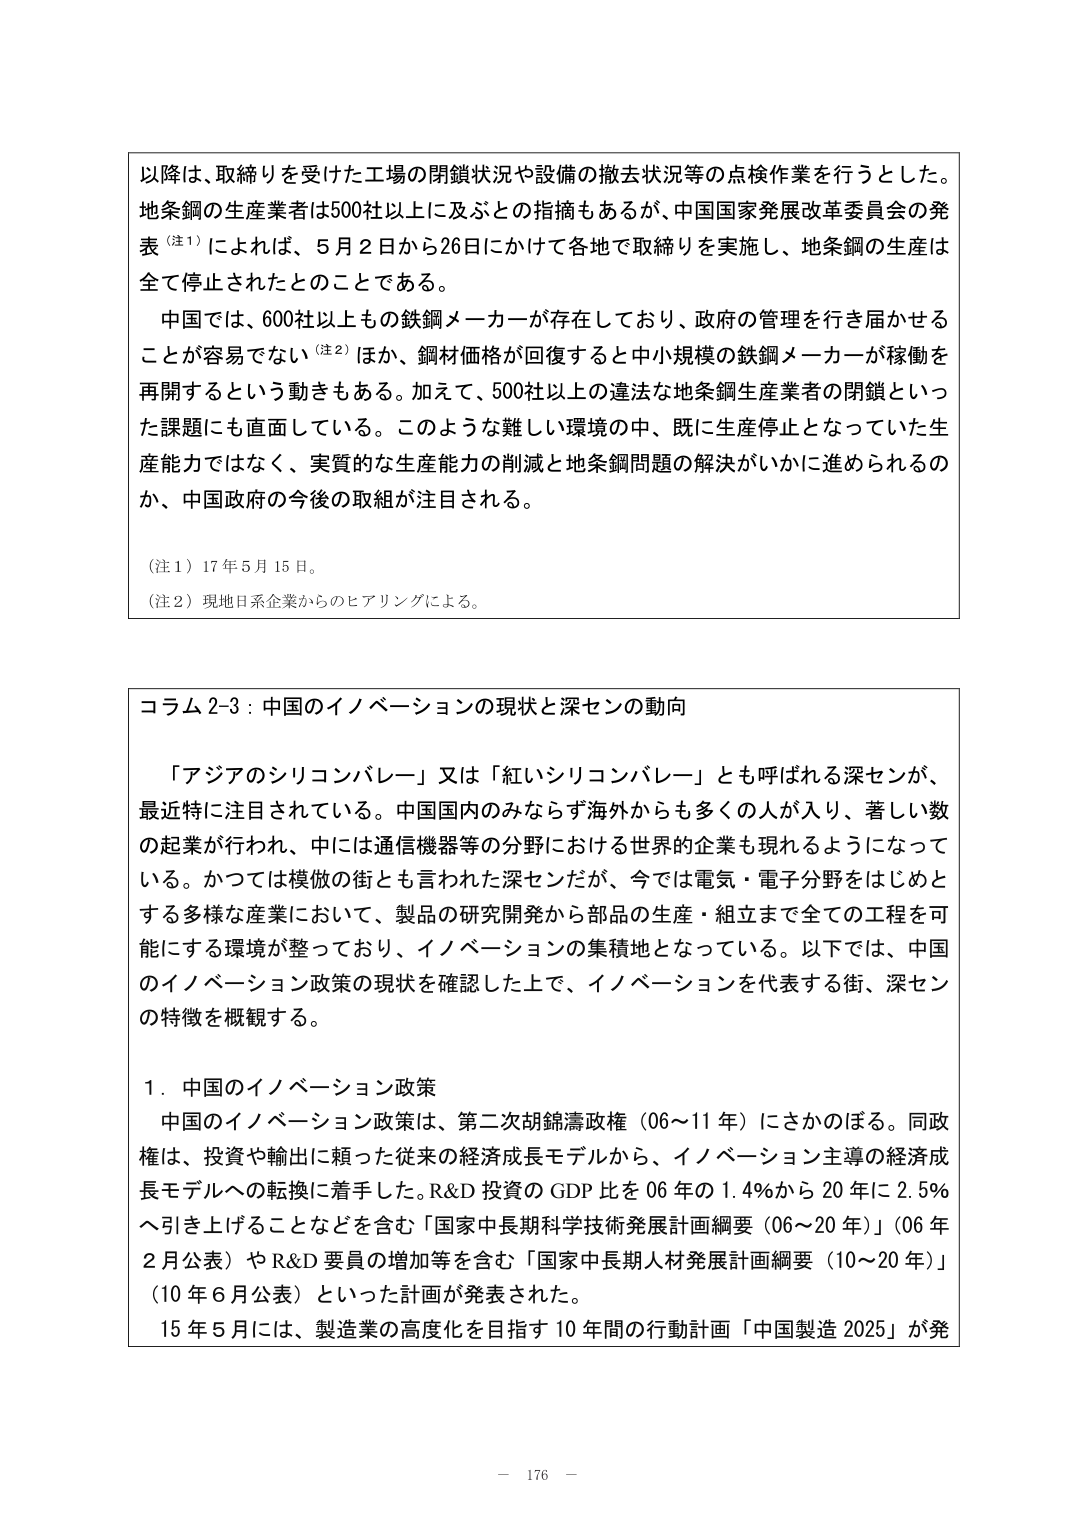
以降は、取締りを受けた工場の閉鎖状況や設備の撤去状況等の点検作業を行うとした。地条鋼の生産業者は500社以上に及ぶとの指摘もあるが、中国国家発展改革委員会の発表（注1）によれば、5月2日から26日にかけて各地で取締りを実施し、地条鋼の生産は全て停止されたとのことである。

中国では、600社以上もの鉄鋼メーカーが存在しており、政府の管理を行わせることか容易でない（注2）ほか、鋼材価格が回復すると中小規模の鉄鋼メーカーが稼働を再開するという動きもある。加えて、500社以上の違法な地条鋼生産業者の閉鎖といった課題にも直面している。このような難しい環境の中、既に生産停止となっていた生産能力ではなく、実質的な生産能力の削減と地条鋼問題の解決がいかに進められるのか、中国政府の今後の取組が注目される。

（注1）17年5月15日。

（注2）現地日系企業からのヒアリングによる。

コラム2-3：中国のイノベーションの現状と深センの動向

「アジアのシリコンバレー」又は「紅いシリコンバレー」とも呼ばれる深センが、最近特に注目されている。中国国内のみならず海外からも多くの人が入り、著しい数の起業が行われ、中には通信機器等の分野における世界の企業も現れるようになっている。かつては模倣の街とも言われた深センだが、今では電気・電子分野をはじめとする多様な産業において、製品の研究開発から部品の生産・組立まで全ての工程を可能にする環境が整っており、イノベーションの集積地となっている。以下では、中国のイノベーション政策の現状を確認した上で、イノベーションを代表する街、深センの特徴を概観する。

1．中国のイノベーション政策

中国のイノベーション政策は、第二次胡錦濤政権（06～11年）にさかのぼる。同政権は、投資や輸出に頼った従来の経済成長モデルから、イノベーション主導の経済成長モデルへの転換に着手した。R&D投資のGDP比を06年の1.4％から20年に2.5％へ引き上げることなどを含む「国家中長期科学技術発展計画綱要（06～20年）」（06年2月公表）やR&D要員の増加等を含む「国家中長期人材発展計画綱要（10～20年）」（10年6月公表）といった計画が発表された。

15年5月には、製造業の高度化を目指す10年間の行動計画「中国製造2025」が発

－ 176 －